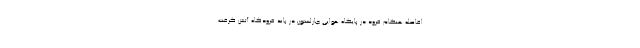
افاصله هنگام فرود در پایگاه هوایی چارلستون در باند فرودگاه آتش گرفت.